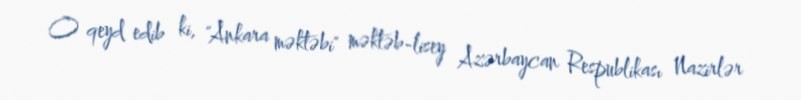
O qeyd edib ki, "Ankara məktəbi" məktəb-lisey Azərbaycan Respublikası Nazirlər